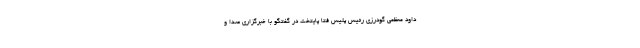
داود معظمی گودرزی رئیس پلیس فتا پایتخت در گفتگو با خبرگزاری صدا و